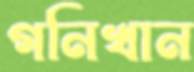
গনিখান